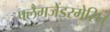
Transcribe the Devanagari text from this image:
फ्लैगजेंडरमेरिन